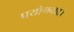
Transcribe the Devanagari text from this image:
प्रयोगवाद।